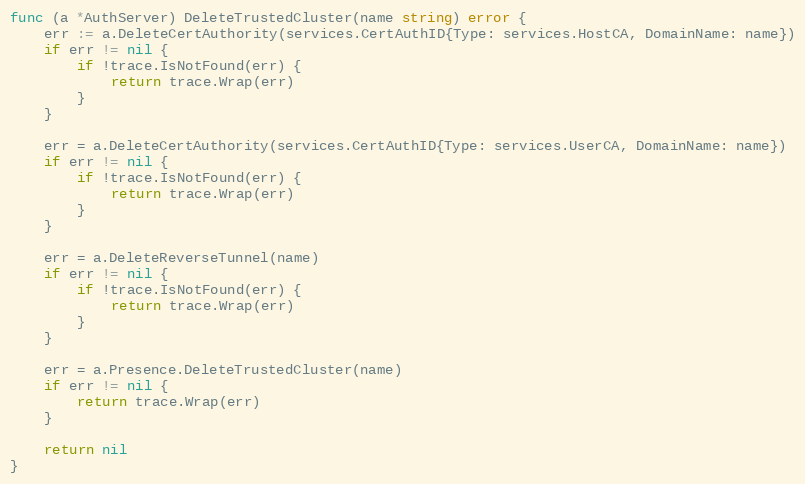
Language: Go
func (a *AuthServer) DeleteTrustedCluster(name string) error {
	err := a.DeleteCertAuthority(services.CertAuthID{Type: services.HostCA, DomainName: name})
	if err != nil {
		if !trace.IsNotFound(err) {
			return trace.Wrap(err)
		}
	}

	err = a.DeleteCertAuthority(services.CertAuthID{Type: services.UserCA, DomainName: name})
	if err != nil {
		if !trace.IsNotFound(err) {
			return trace.Wrap(err)
		}
	}

	err = a.DeleteReverseTunnel(name)
	if err != nil {
		if !trace.IsNotFound(err) {
			return trace.Wrap(err)
		}
	}

	err = a.Presence.DeleteTrustedCluster(name)
	if err != nil {
		return trace.Wrap(err)
	}

	return nil
}